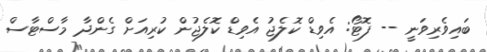
ބައިވެރިވަނީ -- ފޮޓޯ: އެވިޑް ކޮލެޖު އެވިޑް ކޮލެޖުން ކުރިއަށް ގެންދާ މާސްޓާސް